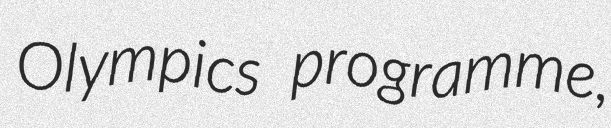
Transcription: Olympics programme,